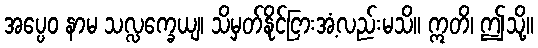
အပ္ပေဝ နာမ သလ္လက္ခေယျ၊ သိမှတ်နိုင်ငြားအံ့လည်းမသိ။ ဣတိ၊ ဤသို့။